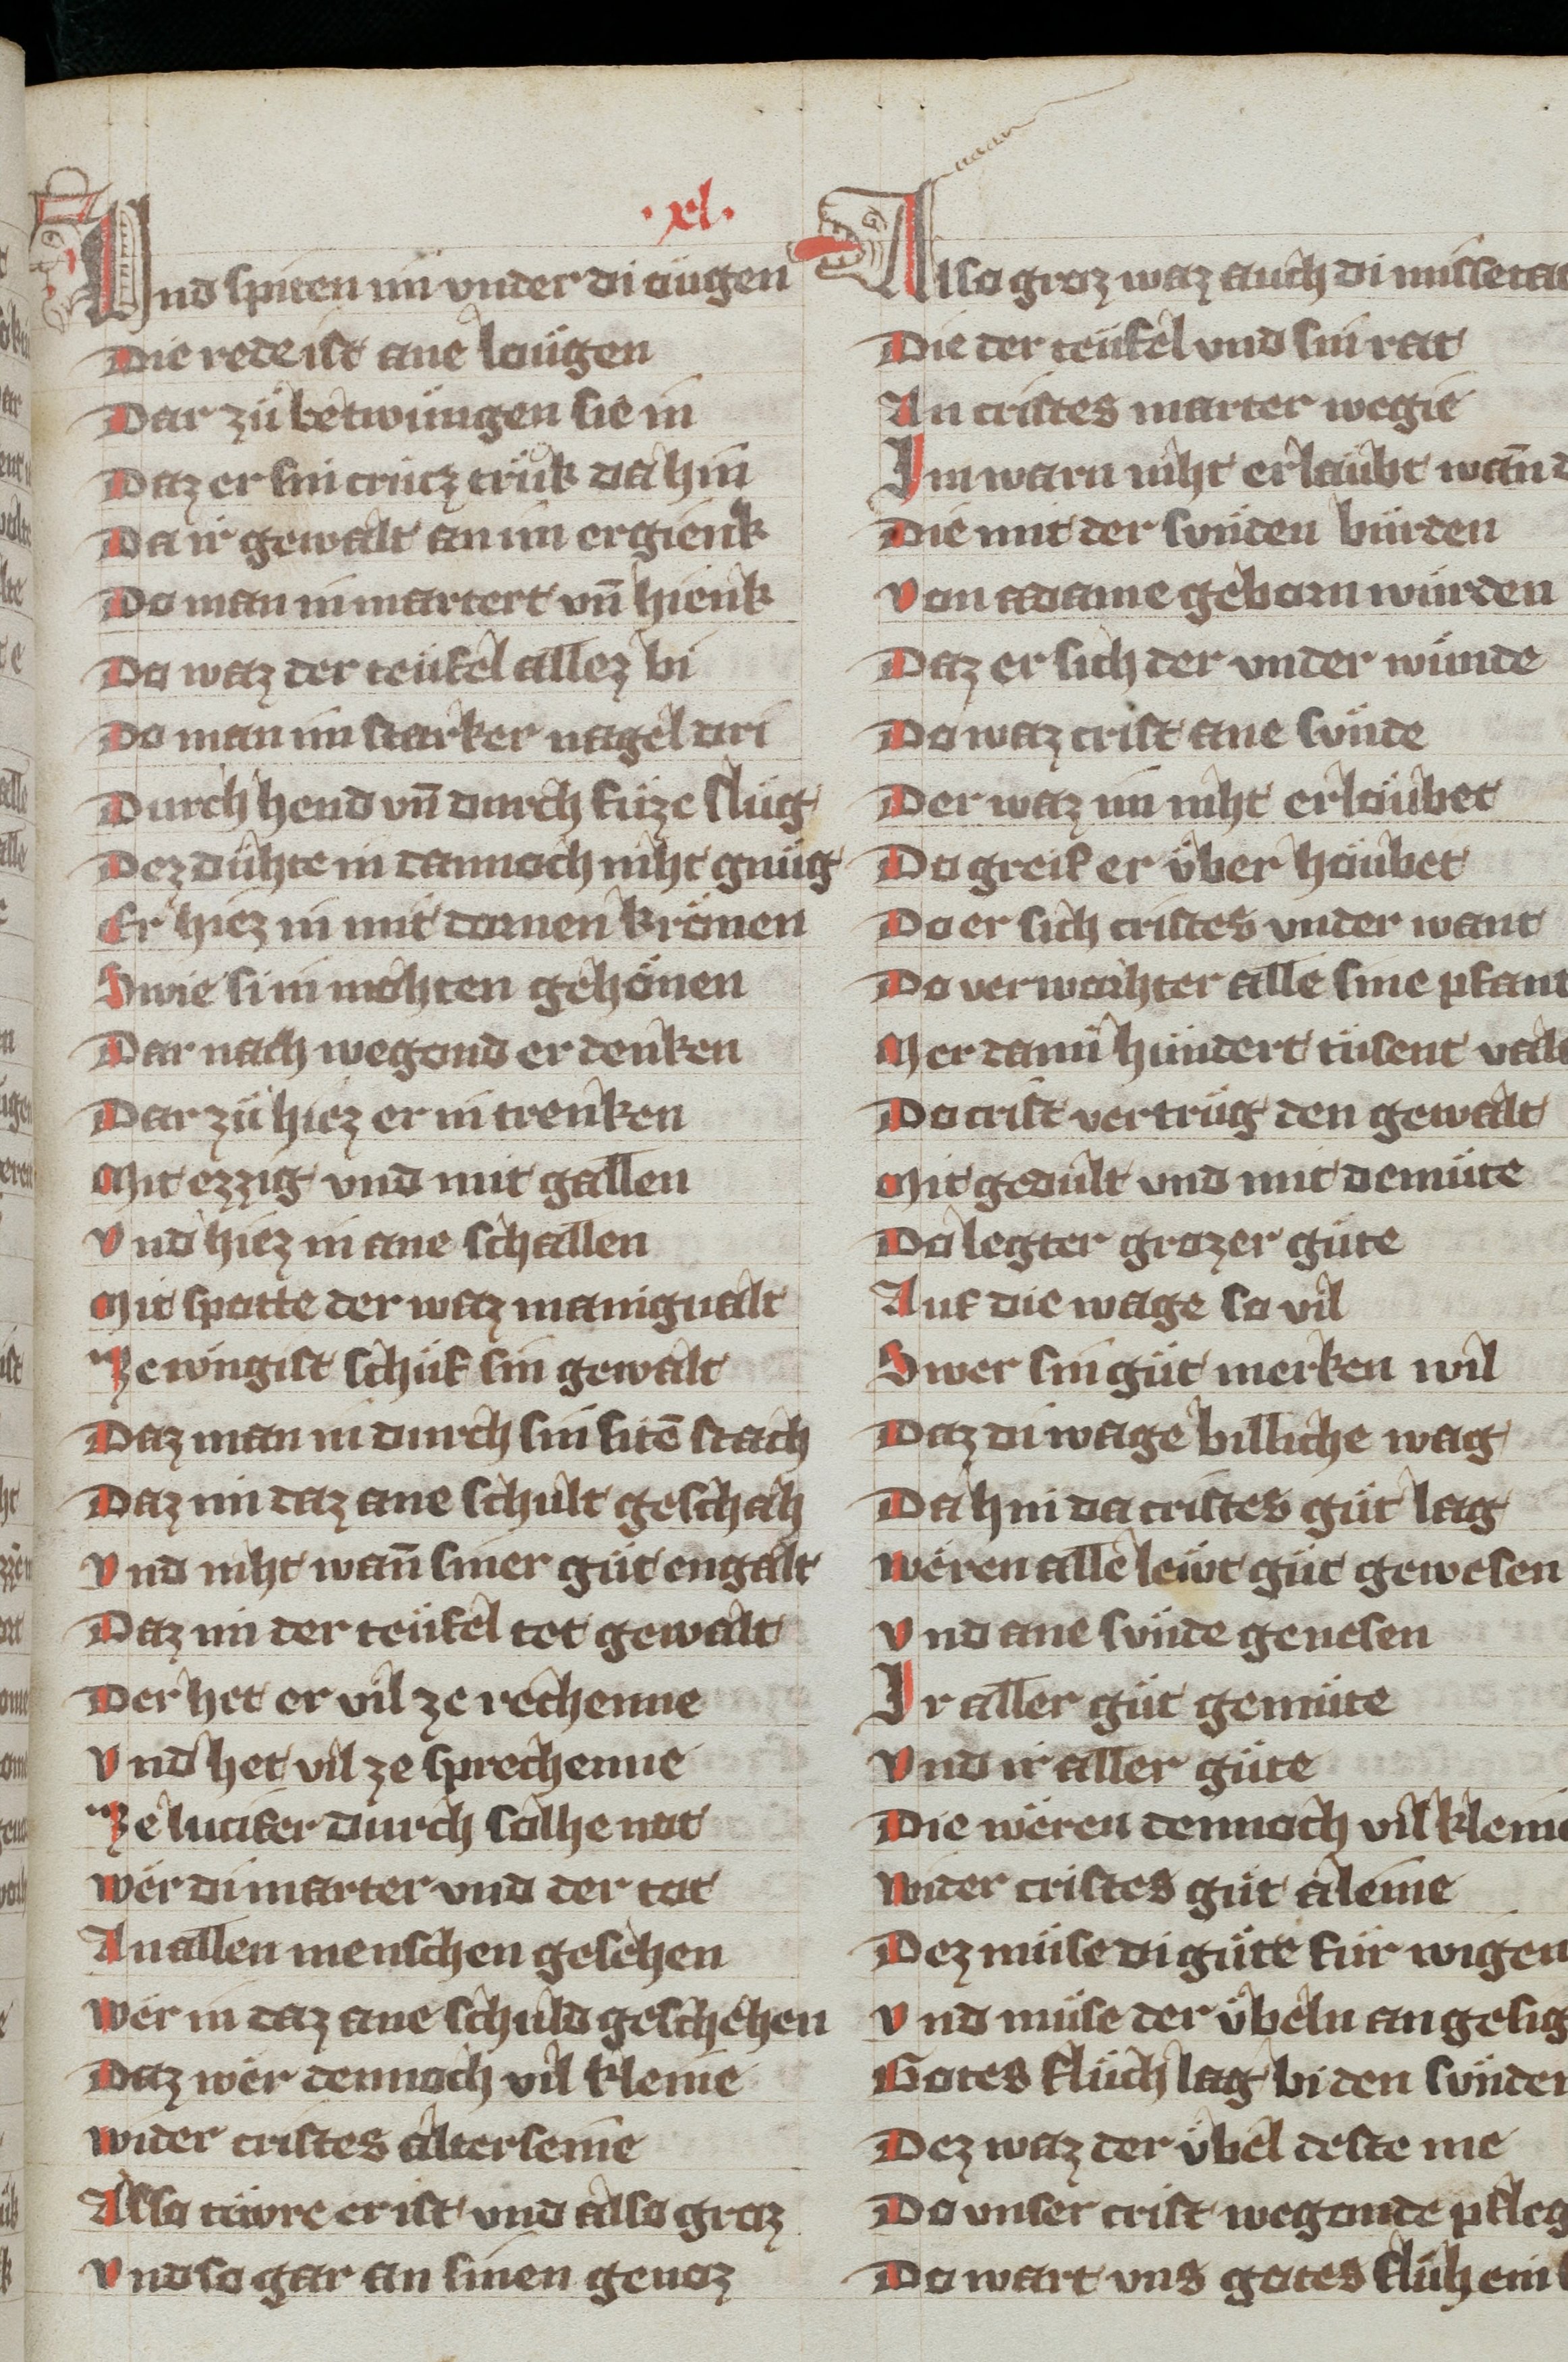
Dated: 1340–1359